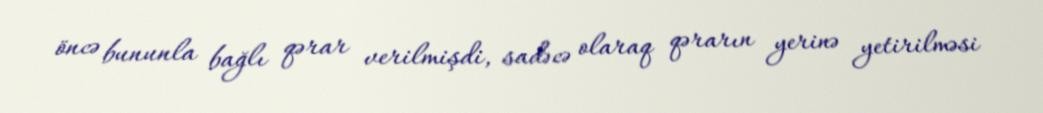
öncə bununla bağlı qərar verilmişdi, sadəcə olaraq qərarın yerinə yetirilməsi